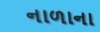
નાળાના